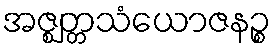
အဇ္ဈတ္တသံယောဇနဉ္စ